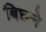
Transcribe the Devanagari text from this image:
बिछने